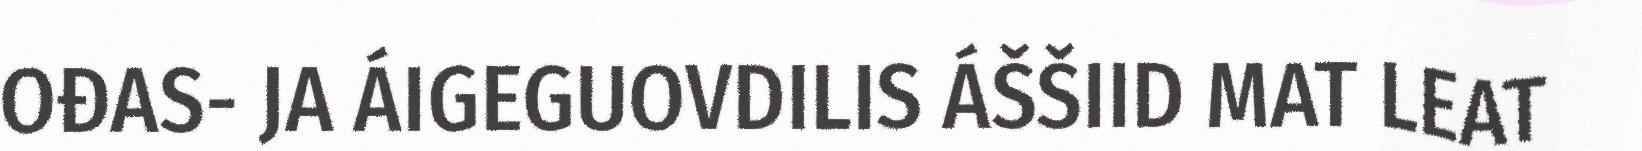
OĐAS- JA ÁIGEGUOVDILIS ÁŠŠIID MAT LEAT